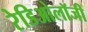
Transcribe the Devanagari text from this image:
रेडिओलॉजी